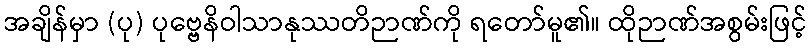
အချိန်မှာ (ပု) ပုဗ္ဗေနိဝါသာနုဿတိဉာဏ်ကို ရတော်မူ၏။ ထိုဉာဏ်အစွမ်းဖြင့်